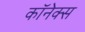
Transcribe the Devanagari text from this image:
कॉनेक्स